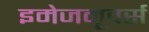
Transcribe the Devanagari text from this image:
इमेजमूवर्स